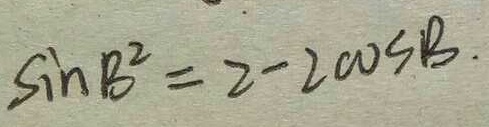
\sin B ^ { 2 } = 2 - 2 \cos B .